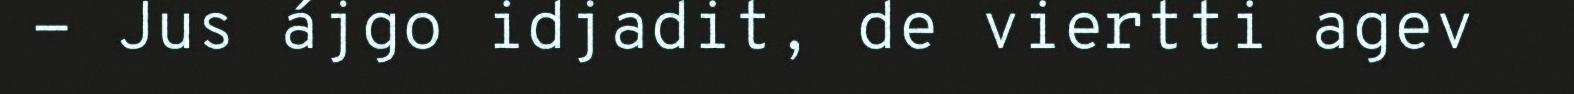
- Jus ájgo idjadit, de viertti agev